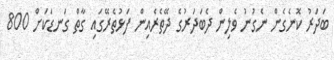
ބަދަރު ކޮނެގެން ނެގުނު ވެލިން ދެބަދަރުގެ ދޭތެރެއިން ފަޅުތެރޭގައި ގާތް ގަނޑަކަށް 800